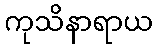
ကုသိနာရာယ